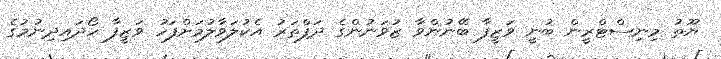
ޔޫތު މިނިސްޓްރީން ބުނީ ވަޒީފާ ބޭނުންވާ ޒުވަނުންގެ ދަފްތަރު އެކުލަވާލުމަށްފަހު ވަޒީފާ ހޯދައިދިނުމުގެ